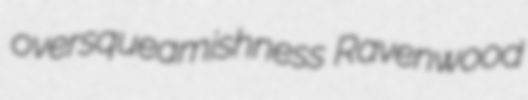
oversqueamishness Ravenwood